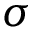
\sigma